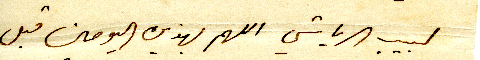
لبيب الرياشي اللهم بهذين اليومين قبل